Vaccination United Provinces of Agra and Oudh 1923-1928 - 1923-1928
Year: 1923
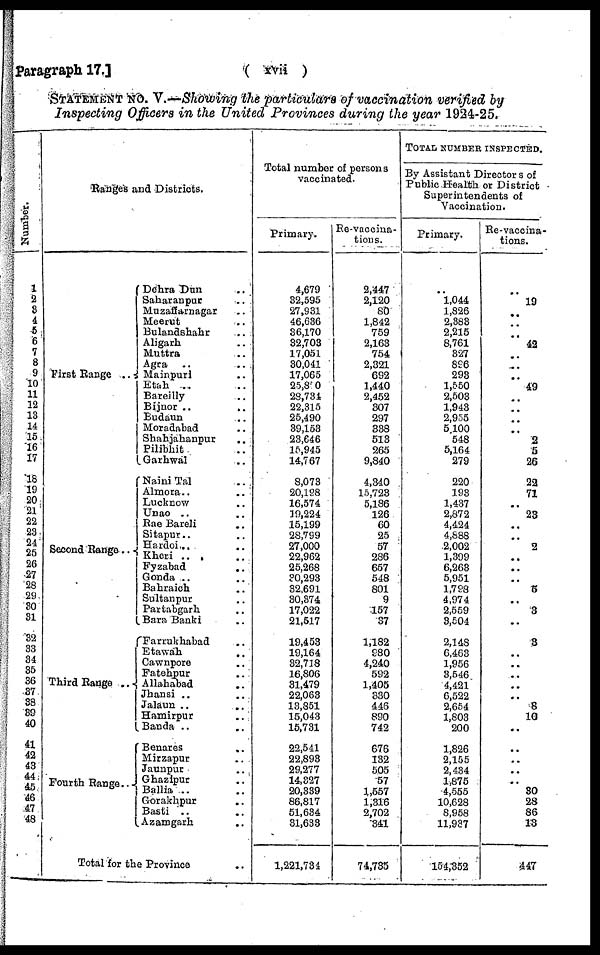
Paragraph 17.]
( xvii )
STATEMENT NO. V.—Showing the particulars of vaccination verified by
Inspecting Officers in the United Provinces during the year 1924-25.
Number.
1
2
3
4
5
6
7
8
9
10
11
12
13
14
15
16
17
18
19
20
21
22
23
24
25
26
27
28
29
30
31
32
33
34
35
36
37
38
39
40
41
42
43
44
45
46
47
48
Ranges and Districts.
First Range ..
Second Range ..
Third Range ..
Fourth Range ..
Dehra Dun .. ..
Saharanpur .. ..
Muzaffarnagar ..
Meerut .. ..
Bulandshahr .. ..
Aligarh .. ..
Muttra .. ..
Agra .. ..
Mainpuri .. ..
Etah .. ..
Bareilly .. ..
Bijnor ..
..
Budaun .. ..
Moradabad .. ..
Shahjahanpur
..
Pilibhit .. ..
Garhwal .. ..
Naini Tal .. ..
Almora .. ..
Lucknow .. ..
Unao .. ..
Rae Bareli .. ..
Sitapur .. ..
Hardoi .. ..
Kheri .. ..
Fyzabad .. ..
Gonda .. ..
Bahraich .. ..
Sultanpur .. ..
Partabgarh .. ..
Bara Banki ..
Farrukhabad ..
Etawah .. ..
Cawnpore .. ..
Fatehpur .. ..
Allahabad ..
Jhansi .. ..
Jalaun .. ..
Hamirpur ..
Banda .. ..
Benares ..
Mirzapur ..
Jaunpur ..
Ghazipur ..
Ballia .. ..
Gorakhpur
..
Basti .. ..
Azamgarh ..
Total for the Province ..
Total number of persons
vaccinated.
Primary.
4,679
32,595
27,931
46,636
36,170
32,703
17,051
30,041
17,065
25,850
28,734
22,315
25,490
39,153
23,646
15,945
14,767
8,073
20,198
16,574
19,224
15,199
28,799
27,000
22,962
25,268
30,293
32,691
30,374
17,022
21,517
19,453
19,164
32,718
16,806
31,479
22,063
13,851
15,043
15,731
22,541
22,893
29,277
14,327
20,339
86,817
51,634
31,633
1,221,734
Re-vaccina-
tions.
2,447
2,120
80
1,842
759
2,163
754
2,321
692
1,440
2,452
307
297
338
513
265
9,840
4,340
15,723
5,186
126
60
25
57
286
657
548
801
9
157
37
1,182
980
4,240
592
1,405
330
446
890
742
676
132
505
57
1,557
1,316
2,702
341
74,735
TOTAL NUMBER INSPECTED.
By Assistant Directors of
Public Health or District
Superintendents of
Vaccination.
Primary.
..
1,044
1,826
2,383
2,215
8,761
327
896
293
1,550
2,503
1,943
2,955
5,100
548
5,164
279
220
193
1,437
2,872
4,424
4,888
2,002
1,399
6,263
5,951
1,798
4,974
2,559
3,504
2,148
6,463
1,956
3,546
4,421
6,522
2,654
1,803
200
1,826
2,155
2,434
1,875
4,555
10,628
8,958
11,937
154,352
Re-vaccina-
tions.
..
19
..
..
..
42
..
..
..
49
..
..
..
..
2
5
26
22
71
..
23
..
..
2
..
..
..
5
..
3
..
3
..
..
..
..
..
8
10
..
..
..
..
.. 30
28
86
13
447